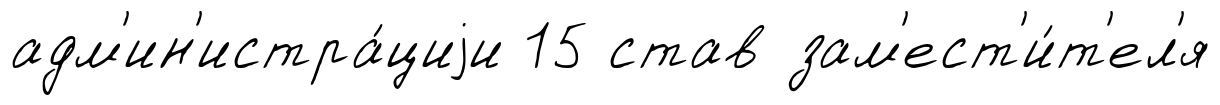
адм'ин'истра́циjи 15 став зам'ест'и́т'ел'я